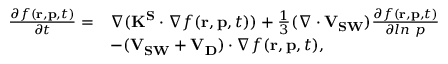
\begin{array} { r l } { \frac { \partial f ( \mathbf { r } , \mathbf { p } , t ) } { \partial t } = } & { \nabla ( \mathbf { K ^ { S } } \cdot \nabla f ( \mathbf { r } , \mathbf { p } , t ) ) + \frac { 1 } { 3 } ( \nabla \cdot \mathbf { V _ { S W } } ) \frac { \partial f ( \mathbf { r } , \mathbf { p } , t ) } { \partial l n ~ p } } \\ & { - ( \mathbf { V _ { S W } } + \mathbf { V _ { D } } ) \cdot \nabla f ( \mathbf { r } , \mathbf { p } , t ) , } \end{array}